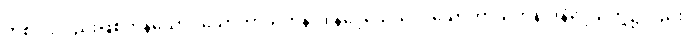
တစ်ပါးလည်းဖြစ်ကုန်သော။ သောတာယတနာဒိ နိဒ္ဒေသေသုပိ၊ သောတာယတနာဒိနိဒ္ဒေသတို့၌လည်း။